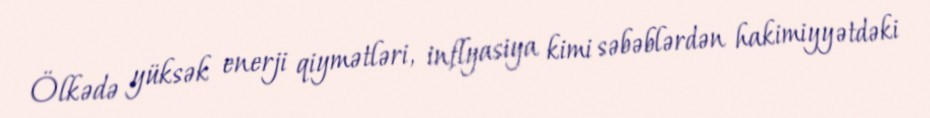
Ölkədə yüksək enerji qiymətləri, inflyasiya kimi səbəblərdən hakimiyyətdəki